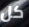
كل